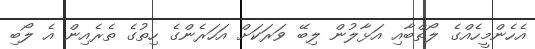
އެހެންމީހެއްގެ ލޯތްބާއި އަޅާލުން ލިބޭ ވަރަކަށް އަހަރެންގެ ހިތުގެ ތެރެއިން އެ ލޯބި